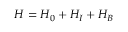
H = H _ { 0 } + H _ { I } + H _ { B }